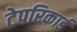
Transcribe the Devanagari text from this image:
टेपरिकार्ड